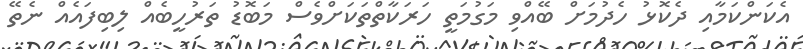
އެކަންކަމާއި ދެކޮޅު ހެދުމަށް ބޭއްވި މަގުމަތީ ހަރަކާތްތަކަށްވެސް މަބޮޑު ތަރުހީބެއް ލިބިފައެއް ނެތޭ